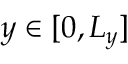
y \in [ 0 , L _ { y } ]